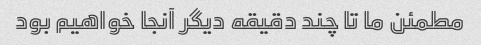
مطمئن ما تا چند دقیقه دیگر آنجا خواهیم بود